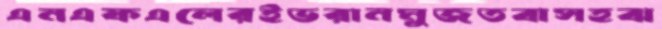
এনএফএলেরইভরানমুজতবাসহঝ